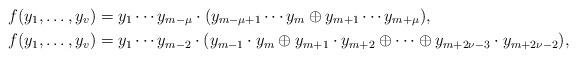
LaTeX: \begin{align*} f(y_1,\ldots, y_v)& = y_1 \cdots y_{m-\mu} \cdot (y_{m-\mu+1} \cdots y_m \oplus y_{m+1} \cdots y_{m+\mu}),\\ f(y_1,\ldots, y_v)& = y_1 \cdots y_{m-2} \cdot (y_{m-1}\cdot y_m \oplus y_{m+1}\cdot y_{m+2} \oplus \cdots \oplus y_{m+2\nu-3}\cdot y_{m+2\nu-2}),\end{align*}